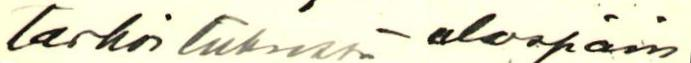
tarkoituksessa - ulospäin